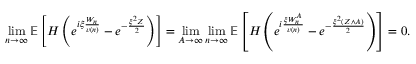
\operatorname* { l i m } _ { n \to \infty } { \ensuremath { \mathbb E } } \left[ H \left( e ^ { i \xi \frac { W _ { n } } { v ( n ) } } - e ^ { - \frac { \xi ^ { 2 } Z } { 2 } } \right) \right] = \operatorname* { l i m } _ { A \to \infty } \operatorname* { l i m } _ { n \to \infty } { \ensuremath { \mathbb E } } \left[ H \left( e ^ { i \frac { \xi W _ { n } ^ { A } } { v ( n ) } } - e ^ { - \frac { \xi ^ { 2 } ( Z \wedge A ) } { 2 } } \right) \right] = 0 .